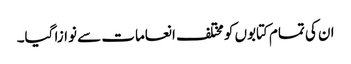
ان کی تمام کتابوں کو مختلف انعامات سے نوازا گیا۔